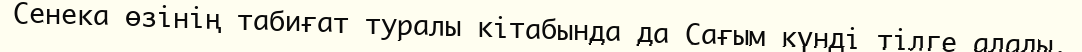
Сенека өзінің табиғат туралы кітабында да Сағым күнді тілге алады.